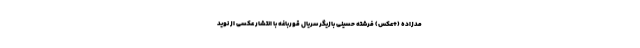
مدزاده (+عکس) فرشته حسینی بازیگر سریال قورباغه با انتشار عکسی از نوید